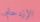
الإزدحام